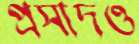
প্রসাদও